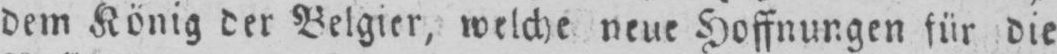
dem König der Belgier, welche neue Hoffnungen für die